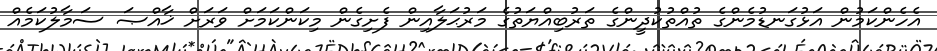
އެހެންކަމުން އަޅުގަނޑުމެންގެ ތުއްތުކުދީންގެ ތަރުބިއްޔަތުގެ މަރުޙަލާއިން ފެށިގެން މިކަންކަމަށް ވަރަށް ޚާއްޞަ ސަމާލުކަމެއް